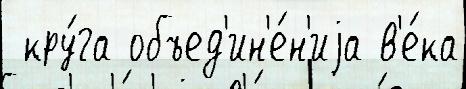
 кру́га объед'ин'е́н'иjа в'е́ка